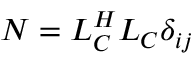
N = L _ { C } ^ { H } L _ { C } \delta _ { i j }